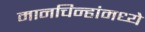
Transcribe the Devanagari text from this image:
मानचिन्हांमध्ये